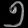
Digit: ၅